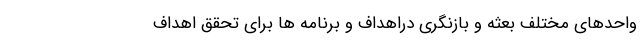
واحدهای مختلف بعثه و بازنگری دراهداف و برنامه ها برای تحقق اهداف